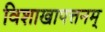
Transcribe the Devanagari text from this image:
विशाखापत्तनम्‌